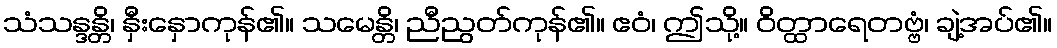
သံသန္ဒန္တိ၊ နှီးနှောကုန်၏။ သမေန္တိ၊ ညီညွတ်ကုန်၏။ ဧဝံ၊ ဤသို့။ ဝိတ္ထာရေတဗ္ဗံ၊ ချဲ့အပ်၏။